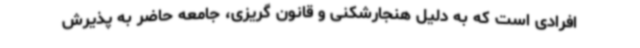
افرادی است که به دلیل هنجارشکنی و قانون گریزی، جامعه حاضر به پذیرش